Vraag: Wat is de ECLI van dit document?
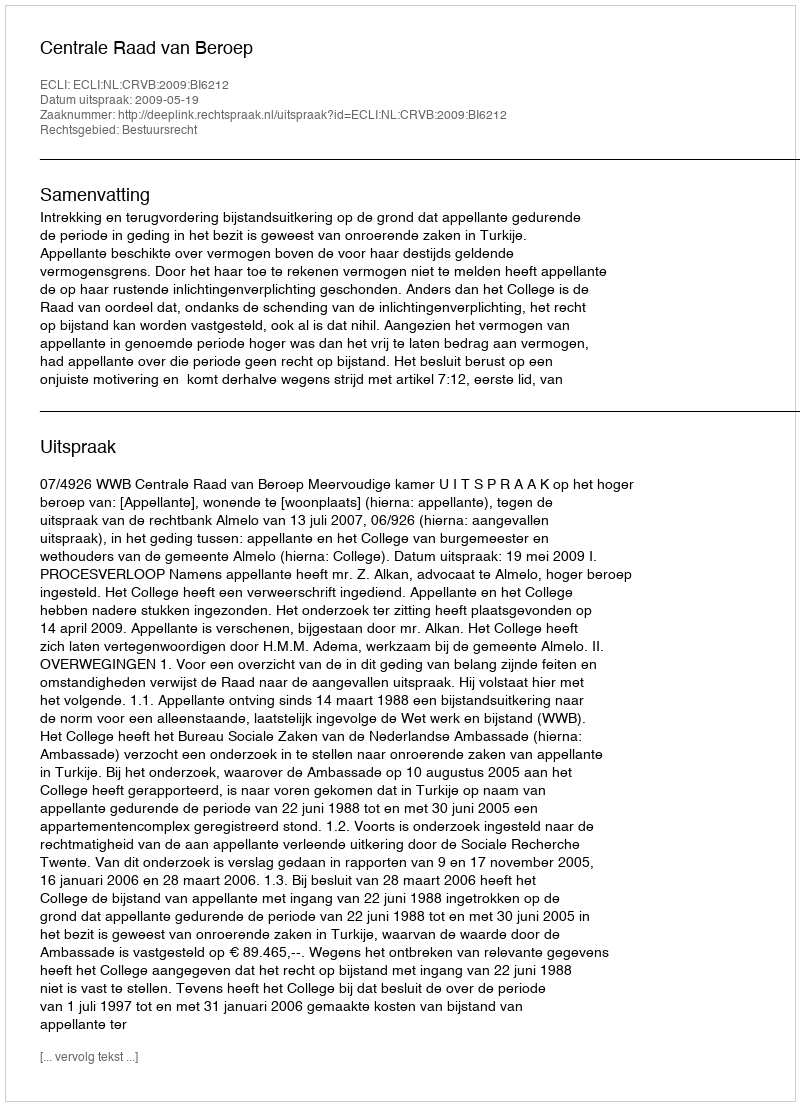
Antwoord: ECLI:NL:CRVB:2009:BI6212